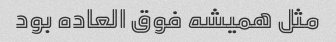
مثل همیشه فوق العاده بود